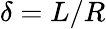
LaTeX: \delta=L/R